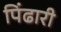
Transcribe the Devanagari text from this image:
पिंढारी